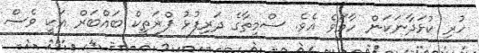
ހުރި ކުޅަދާނަކަން ހާމަވެ އެވެ. ސްމީތާގެ ދަރިފުޅު ޕްރަތީކް ބައްބަރް އަކީ ވެސް